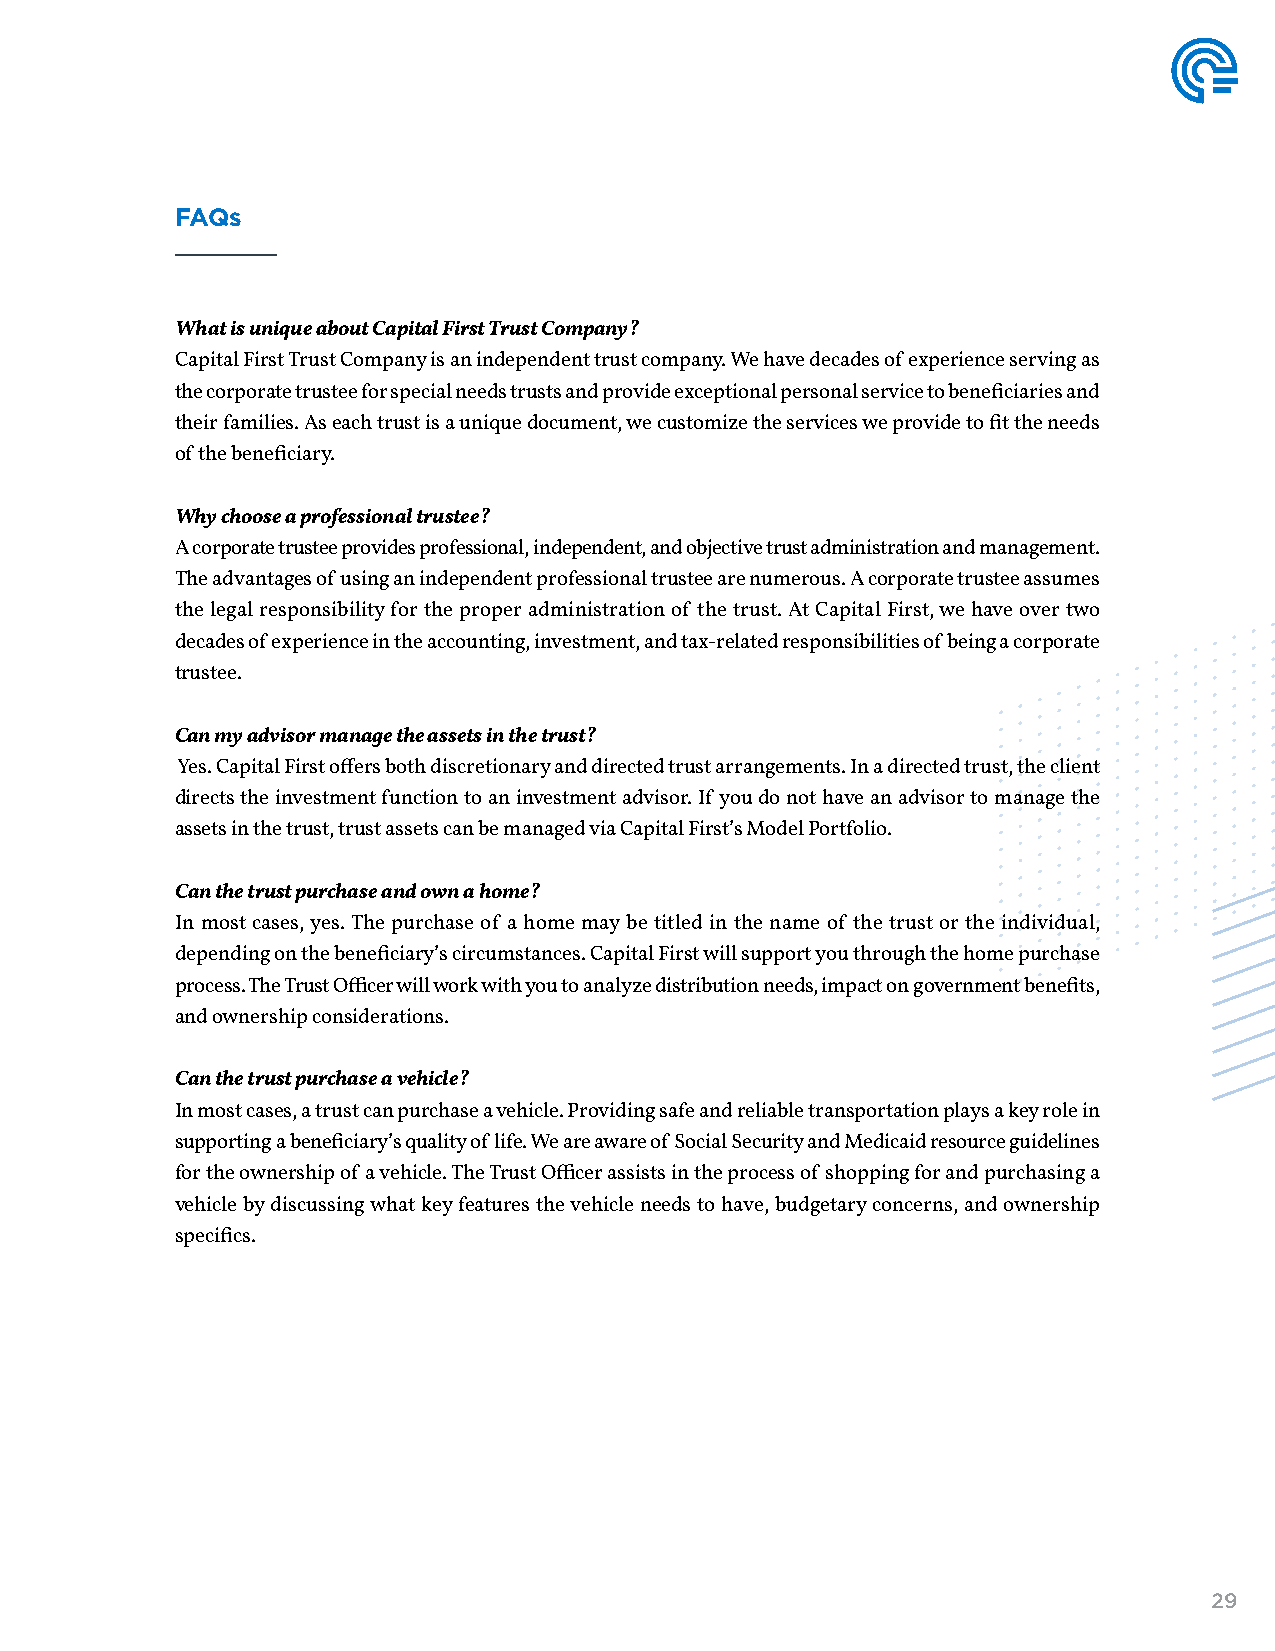
FAQs
 What is unique about Capital First Trust Company?
 Capital First Trust Company is an independent trust company. We have decades of experience serving as
 the corporate trustee for special needs trusts and provide exceptional personal service to beneficiaries and
 their families. As each trust is a unique document, we customize the services we provide to fit the needs
 of the beneficiary.
 Why choose a professional trustee?
 A corporate trustee provides professional, independent, and objective trust administration and management.
 The advantages of using an independent professional trustee are numerous. A corporate trustee assumes
 the legal responsibility for the proper administration of the trust. At Capital First, we have over two
 decades of experience in the accounting, investment, and tax-related responsibilities of being a corporate
 trustee.
 Can my advisor manage the assets in the trust?
 Yes. Capital First offers both discretionary and directed trust arrangements. In a directed trust, the client
 directs the investment function to an investment advisor. If you do not have an advisor to manage the
 assets in the trust, trust assets can be managed via Capital First’s Model Portfolio.
 Can the trust purchase and own a home?
 In most cases, yes. The purchase of a home may be titled in the name of the trust or the individual,
 depending on the beneficiary’s circumstances. Capital First will support you through the home purchase
 process. The Trust Officer will work with you to analyze distribution needs, impact on government benefits,
 and ownership considerations.
 Can the trust purchase a vehicle?
 In most cases, a trust can purchase a vehicle. Providing safe and reliable transportation plays a key role in
 supporting a beneficiary’s quality of life. We are aware of Social Security and Medicaid resource guidelines
 for the ownership of a vehicle. The Trust Officer assists in the process of shopping for and purchasing a
 vehicle by discussing what key features the vehicle needs to have, budgetary concerns, and ownership
 specifics.
 29